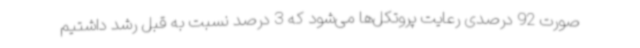
صورت 92 درصدی رعایت پروتکل‌ها می‌شود که 3 درصد نسبت به قبل رشد داشتیم